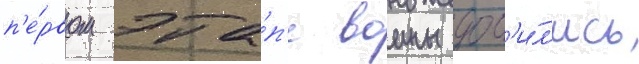
п'е́рвом эта́п'е воины доб'и́л'ись